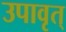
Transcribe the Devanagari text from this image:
उपावृत्